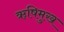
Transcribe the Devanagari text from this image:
ऋषिमुख